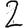
Digit: 2